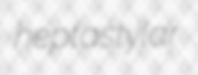
heptastylar